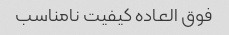
فوق العاده کیفیت نامناسب